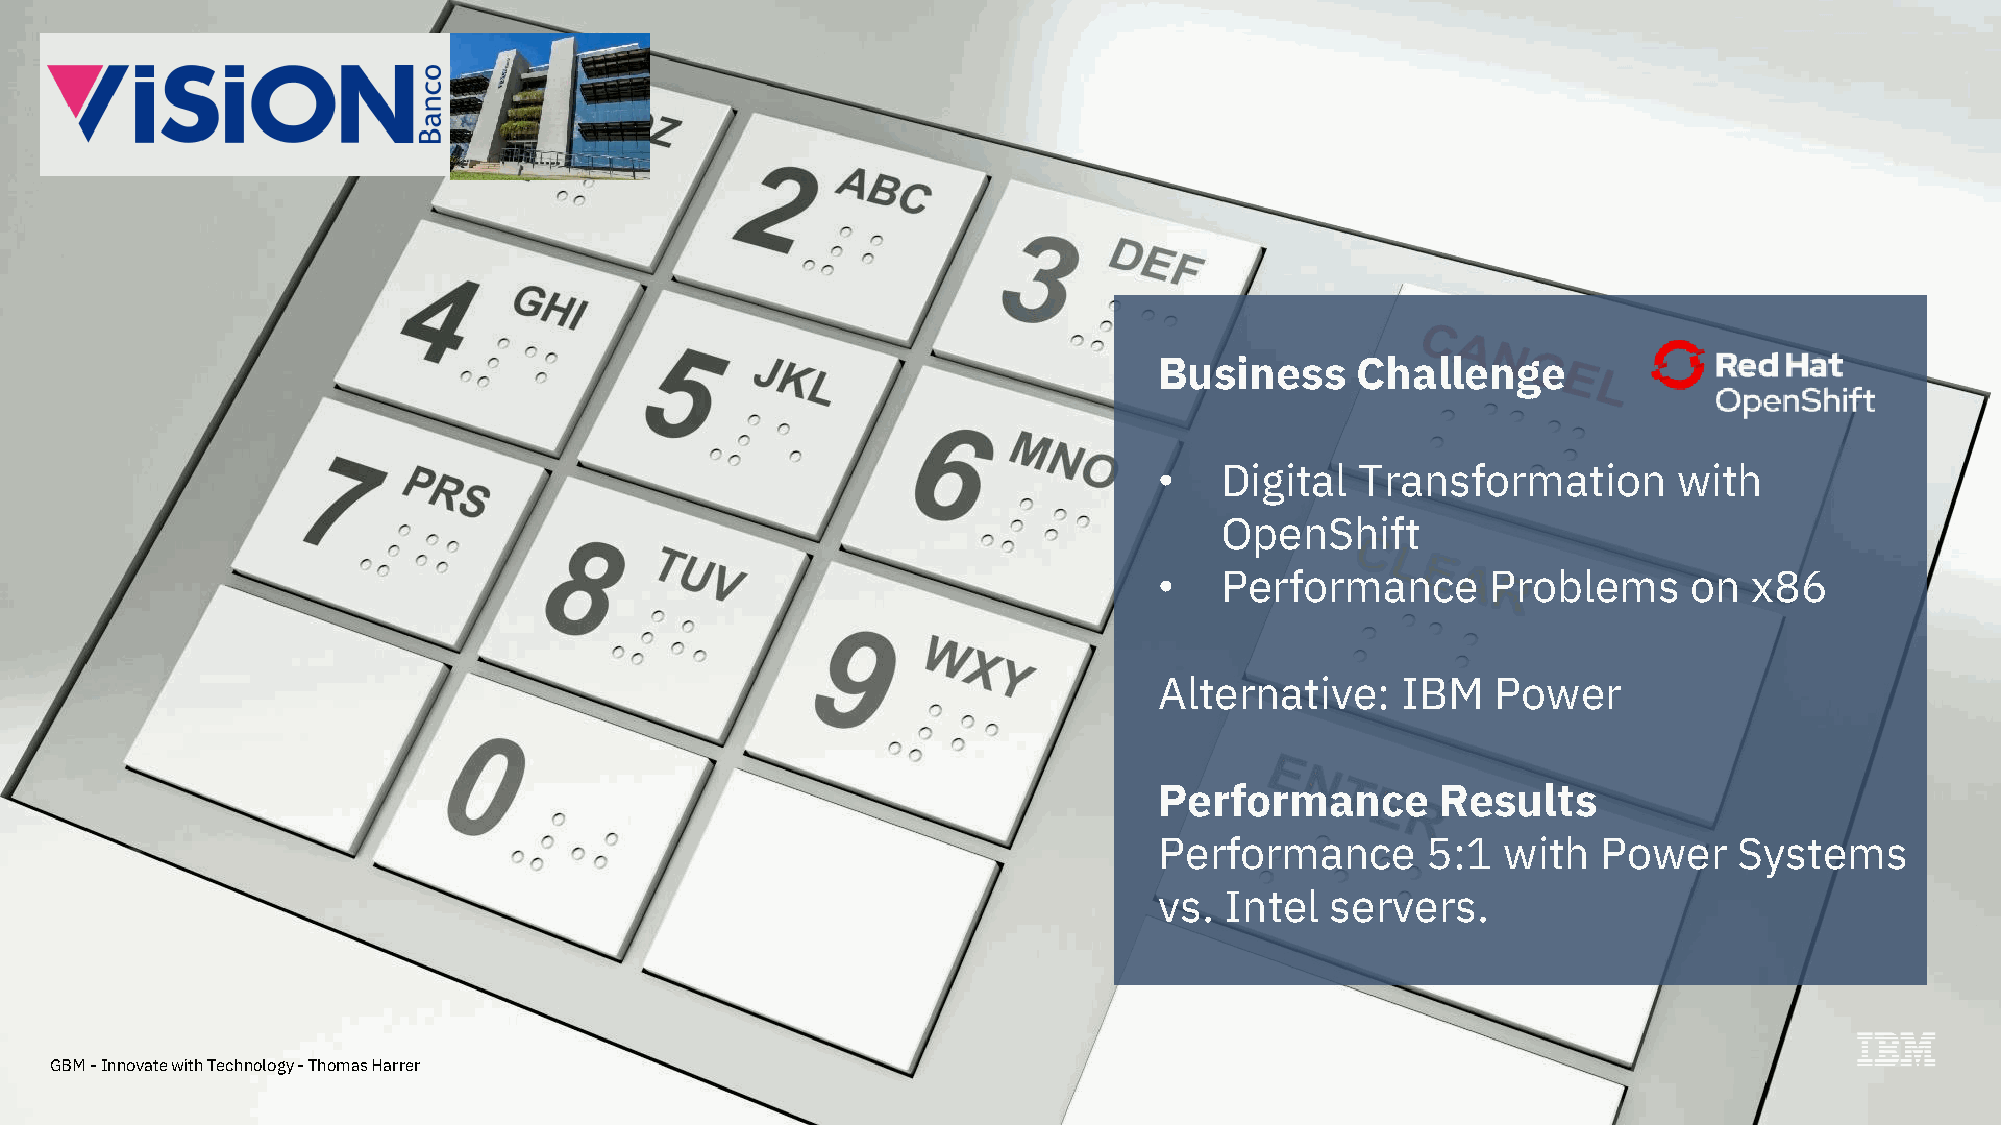
Business     Challenge
 •   Digital  Transformation       with
 OpenShift
 •   Performance       Problems     on  x86
 Alternative:    IBM   Power
 Performance       Results
 Performance      5:1  with   Power    Systems
 vs. Intel  servers.
 GBM -Innovate with Technology -Thomas Harrer